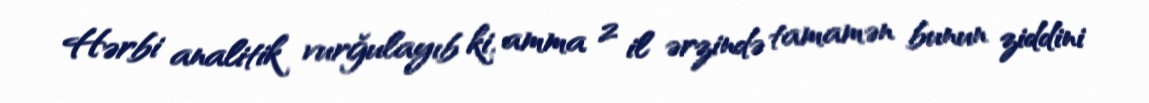
Hərbi analitik vurğulayıb ki, amma 2 il ərzində tamamən bunun ziddini